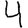
Digit: 4